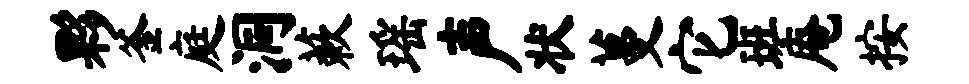
夥釜庭洞蔌瑶声状蔓它班庵按